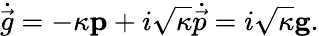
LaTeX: \dot{\vec{g}}=-\kappa\mathbf{p}+i\sqrt{\kappa}\dot{\vec{p}}=i\sqrt{\kappa}\mathbf{g}.